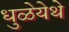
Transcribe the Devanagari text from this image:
धुळेयेथे